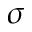
\sigma